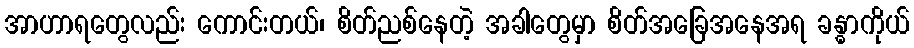
အာဟာရတွေလည်း ကောင်းတယ်၊ စိတ်ညစ်နေတဲ့ အခါတွေမှာ စိတ်အခြေအနေအရ ခန္ဓာကိုယ်